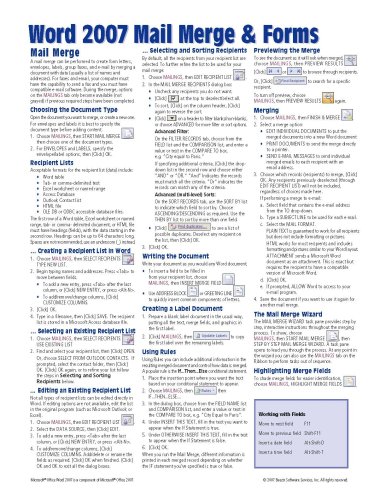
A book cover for Microsoft Word 2007 Mail Merge & Forms Quick Reference Guide (Cheat Sheet of Instructions, Tips & Shortcuts - Laminated Card); Beezix Inc; Computers & Technology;